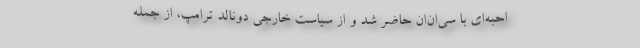
احبه‌ای با سی‌ان‌ان‌ حاضر شد و از سیاست خارجی دونالد ترامپ، از جمله